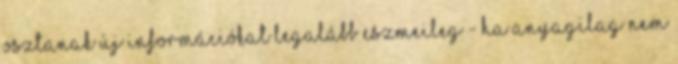
osztanak új információkat legalább eszmeileg - ha anyagilag nem